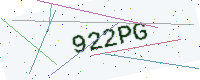
Text: 922PG